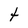
Character: t